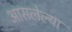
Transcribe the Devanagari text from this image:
आसलेल्या